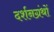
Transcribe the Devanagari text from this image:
दर्शनग्रंथों